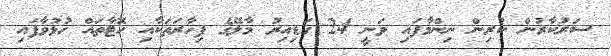
ސަރުކާރުން ކުރިން ނިންމާފައި ވަނީ 24 ގަޑިއިރު މާލޭގެ ފިހާރަތަކާއި ހޮޓާތައް ހުޅުވާފައި